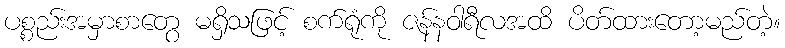
ပစ္စည်းအမှာစာတွေ မရှိသဖြင့် စက်ရုံကို ဇန်နဝါရီလအထိ ပိတ်ထားတော့မည်တဲ့။